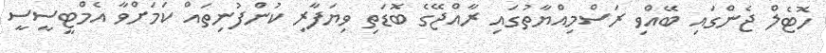
ހޮޓެލް ޖެންގައި ބޭއްވި ރަސްމިއްޔާތުގައި ރާއްޖޭގެ ބޮޑަތި ވިޔަފާރި ކުންފުނިތައް ކަމަށްވާ އެމްޓީސީސީ